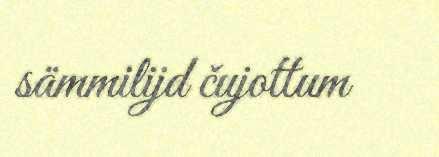
sämmilijd čujottum